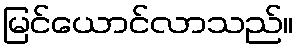
မြင်ယောင်လာသည်။